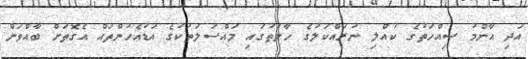
އަދި އާންމު ސިއްހަތުގެ ކުއްލި ނުރައްކަލުގެ ހާލަތުގައި މައްސަލަތަކުގެ އަޑުއެހުންތައް އެގޮތަށް ބާއްވަން